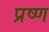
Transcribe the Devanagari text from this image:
प्रष्ण